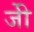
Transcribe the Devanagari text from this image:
जीे